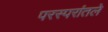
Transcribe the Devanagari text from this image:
परस्परांतले